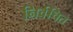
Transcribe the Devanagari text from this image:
निर्वचित